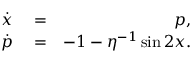
\begin{array} { r l r } { \dot { x } } & { { } = } & { p , } \\ { \dot { p } } & { { } = } & { - 1 - \eta ^ { - 1 } \sin 2 x . } \end{array}